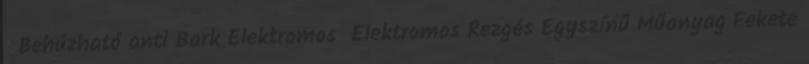
Behúzható anti Bark Elektromos Elektromos Rezgés Egyszínű Műanyag Fekete